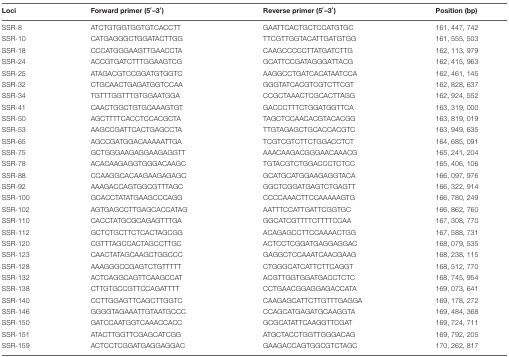
<table><thead><tr><td><b>Loci</b></td><td><b>Forward primer (5′–3′)</b></td><td><b>Reverse primer (5′–3′)</b></td><td><b>Position (bp)</b></td></tr></thead><tbody><tr><td>SSR-8</td><td>ATCTGTGGTGGTGTCACCTT</td><td>GAATTCACTGCTCCATGTGC</td><td>161, 447, 742</td></tr><tr><td>SSR-10</td><td>CATGAGGGCTGGATACTTGG</td><td>TTCGTTGGTACATTGATGTGG</td><td>161, 555, 503</td></tr><tr><td>SSR-18</td><td>CCCATGGGAAGTTGAACCTA</td><td>CAAGCCCCCTTATGATCTTG</td><td>162, 113, 979</td></tr><tr><td>SSR-24</td><td>ACCGTGATCTTTGGAAGTCG</td><td>GCATTCCGATAGGGATTACG</td><td>162, 415, 963</td></tr><tr><td>SSR-25</td><td>ATAGACGTCCGGATGTGGTC</td><td>AAGGCCTGATCACATAATCCA</td><td>162, 461, 145</td></tr><tr><td>SSR-32</td><td>CTGCAACTGAGATGGTCCAA</td><td>GGGTATCACGTCGTCTTCGT</td><td>162, 828, 637</td></tr><tr><td>SSR-34</td><td>TGTTTGGTTTGTGGAATGGA</td><td>CCGCTAAACTCGCACTTAGG</td><td>162, 924, 552</td></tr><tr><td>SSR-41</td><td>CAACTGGCTGTGCAAAGTGT</td><td>GACCCTTTCTGGATGGTTCA</td><td>163, 319, 000</td></tr><tr><td>SSR-50</td><td>AGCTTTTCACCTCCACGCTA</td><td>TAGCTCCAACACGTACACGG</td><td>163, 819, 019</td></tr><tr><td>SSR-53</td><td>AAGCCGATTCACTGAGCCTA</td><td>TTGTAGAGCTGCACCACGTC</td><td>163, 949, 635</td></tr><tr><td>SSR-65</td><td>AGCCGATGGACAAAAATTGA</td><td>TCGTCGTCTTCTGGACCTCT</td><td>164, 685, 091</td></tr><tr><td>SSR-75</td><td>GCTGGGAAGAGGAAGAGGTT</td><td>AAACAAGACGGGAACAAACG</td><td>165, 241, 204</td></tr><tr><td>SSR-78</td><td>ACACAAGAGGTGGGACAAGC</td><td>TGTACGTCTGGACCCTCTCC</td><td>165, 406, 106</td></tr><tr><td>SSR-88</td><td>CCAAGGCACAAGAAGAGAGC</td><td>GCATGCATGGAAGAGGTACA</td><td>166, 097, 976</td></tr><tr><td>SSR-92</td><td>AAAGACCAGTGGCGTTTAGC</td><td>GGCTCGGATGAGTCTGAGTT</td><td>166, 322, 914</td></tr><tr><td>SSR-100</td><td>GCACCTATATGAAGCCCAGG</td><td>CCCCAAACTTCCAAAAAGTG</td><td>166, 780, 249</td></tr><tr><td>SSR-102</td><td>AGTGAGCCTTGAGCACCATAG</td><td>AATTTCCATTGATTCGGTGC</td><td>166, 862, 760</td></tr><tr><td>SSR-110</td><td>CACCTATGCGCAGAGTTTGA</td><td>GGCATCGTTTTCTTTTCCAA</td><td>167, 308, 770</td></tr><tr><td>SSR-112</td><td>GCTCTGCTTCTCACTAGCGG</td><td>ACAGAGCCTTCCAAAACTGG</td><td>167, 588, 731</td></tr><tr><td>SSR-120</td><td>CGTTTAGCCACTAGCCTTGC</td><td>ACTCCTCGGATGAGGAGGAC</td><td>168, 079, 535</td></tr><tr><td>SSR-123</td><td>CAACTATAGCAAGCTGGCCC</td><td>GAGGCTCCAAATCAACGAAG</td><td>168, 238, 115</td></tr><tr><td>SSR-128</td><td>AAAGGGCCGAGTCTGTTTTT</td><td>CTGGGCATCATTCTTCAGGT</td><td>168, 512, 770</td></tr><tr><td>SSR-132</td><td>ACTCAGGCAGTTCAAGCCAT</td><td>ACGTTGGTGGATGACCTCTC</td><td>168, 745, 954</td></tr><tr><td>SSR-138</td><td>CTTGTGCCGTTCCAGATTTT</td><td>CCTGAACGGAGGAGACCATA</td><td>169, 073, 641</td></tr><tr><td>SSR-140</td><td>CCTTGGAGTTCAGCTTGGTC</td><td>CAAGAGCATTCTTGTTTGAGGA</td><td>169, 178, 272</td></tr><tr><td>SSR-146</td><td>GGGGTAGAAATTGTAATGCCC</td><td>CCAGCATGAGATGCAAGGTA</td><td>169, 484, 368</td></tr><tr><td>SSR-150</td><td>GATCCAATGGTCAAACCACC</td><td>GCGCATATTCAAGGTTCGAT</td><td>169, 724, 711</td></tr><tr><td>SSR-151</td><td>ATACTTGGTTCGAGCATCGG</td><td>ATGCTACCTGGTTGGGACAG</td><td>169, 792, 205</td></tr><tr><td>SSR-159</td><td>ACTCCTCGGATGAGGAGGAC</td><td>GAAGACCAGTGGCGTCTAGC</td><td>170, 262, 817</td></tr></tbody></table>